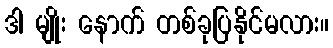
ဒါ မျိုး နောက် တစ်ခုပြနိုင်မလား။